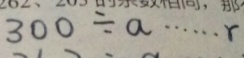
3 0 0 \div a \cdots r